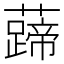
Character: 𧀰